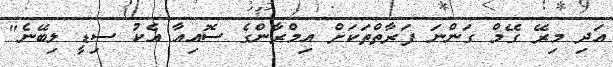
އަދި މިރޭ ގޭމް ގަންނަ ފަރާތްތަކަށް އިމްރާންގެ ސޮއިއާ އެކު ސިޑީ ލިބޭނެ"